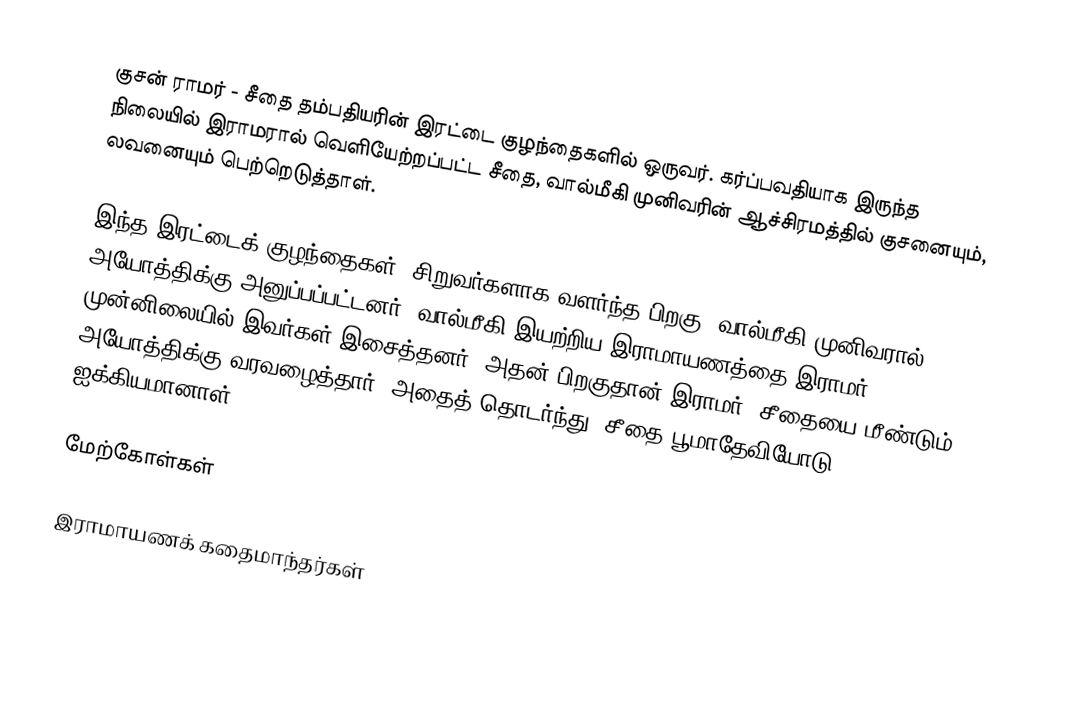
குசன் ராமர் - சீதை தம்பதியரின் இரட்டை குழந்தைகளில் ஒருவர். கர்ப்பவதியாக இருந்த நிலையில் இராமரால் வெளியேற்றப்பட்ட சீதை, வால்மீகி முனிவரின் ஆச்சிரமத்தில் குசனையும்,  லவனையும் பெற்றெடுத்தாள்.

இந்த இரட்டைக் குழந்தைகள், சிறுவர்களாக வளர்ந்த பிறகு, வால்மீகி முனிவரால் அயோத்திக்கு அனுப்பப்பட்டனர். வால்மீகி இயற்றிய இராமாயணத்தை இராமர் முன்னிலையில் இவர்கள் இசைத்தனர். அதன் பிறகுதான் இராமர், சீதையை மீண்டும் அயோத்திக்கு வரவழைத்தார். அதைத் தொடர்ந்து, சீதை பூமாதேவியோடு ஐக்கியமானாள்.

மேற்கோள்கள்

இராமாயணக் கதைமாந்தர்கள்